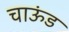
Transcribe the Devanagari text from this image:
चाऊंड